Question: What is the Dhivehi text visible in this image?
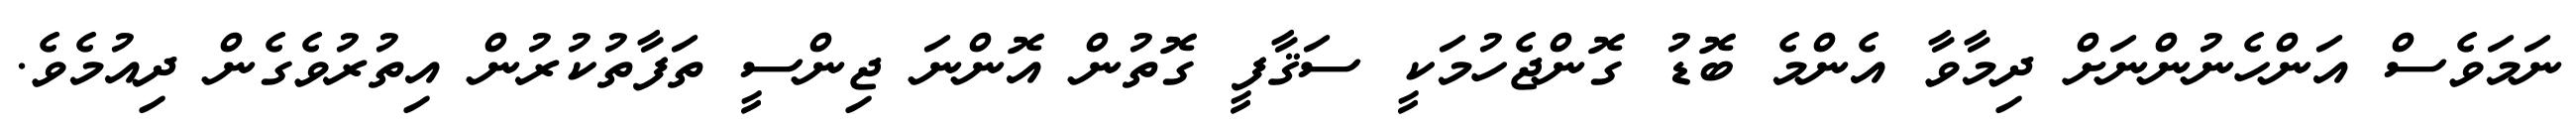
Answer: ނަމަވެސް އަންހެނުންނަށް ދިމާވާ އެންމެ ބޮޑު ގޮންޖެހުމަކީ ސަޤާފީ ގޮތުން އޮންނަ ޖިންސީ ތަފާތުކުރުން އިތުރުވެގެން ދިއުމެވެ.